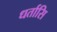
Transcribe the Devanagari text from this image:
धर्तासि